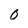
Character: 0